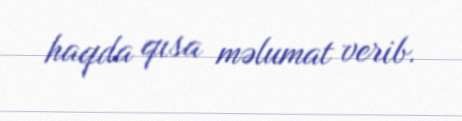
haqda qısa məlumat verib.